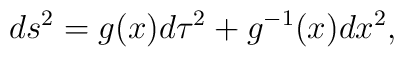
ds^2=g(x)d\tau^2+g^{-1}(x)dx^2,